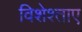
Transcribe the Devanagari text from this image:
विशेश्ताए